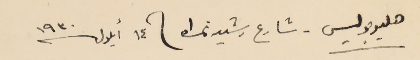
هليوبوليس - شارع رشيد نمره 1 فى ١٤ أيلول سنة ١٩٣٠